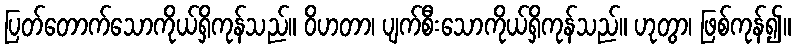
ပြတ်တောက်သောကိုယ်ရှိကုန်သည်။ ဝိဟတာ၊ ပျက်စီးသောကိုယ်ရှိကုန်သည်။ ဟုတွာ၊ ဖြစ်ကုန်၍။